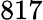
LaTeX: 817